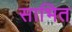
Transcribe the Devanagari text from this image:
साभित